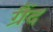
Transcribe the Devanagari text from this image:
ग्रैंद